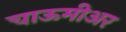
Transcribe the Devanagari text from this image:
चाऊमीअर